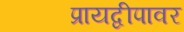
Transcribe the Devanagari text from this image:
प्रायद्वीपावर